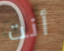
أنت